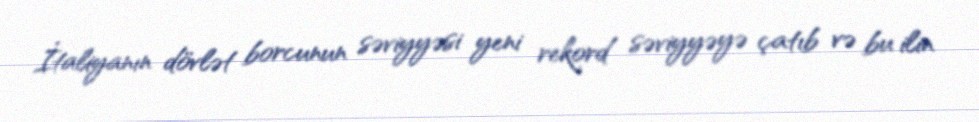
İtaliyanın dövlət borcunun səviyyəsi yeni rekord səviyyəyə çatıb və bu ilin